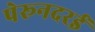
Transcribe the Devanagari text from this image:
पेरूनदरई